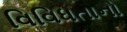
વિવિધતાનો